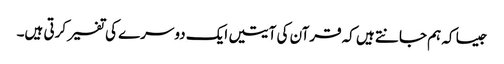
جیسا کہ ہم جانتے ہیں کہ قرآن کی آیتیں ایک دوسرے کی تفسیر کرتی ہیں۔